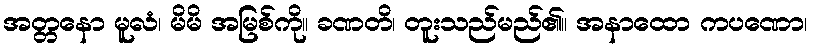
အတ္တနော မူလံ၊ မိမိ အမြစ်ကို။ ခဏတိ၊ တူးသည်မည်၏။ အနာထော ကပဏော၊